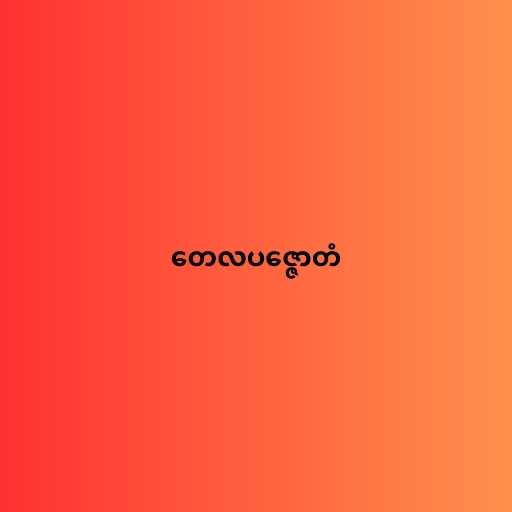
တေလပဇ္ဇောတံ